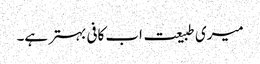
میری طبیعت اب کافی بہتر ہے۔